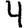
Digit: 4